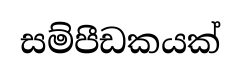
සම්පීඩකයක්